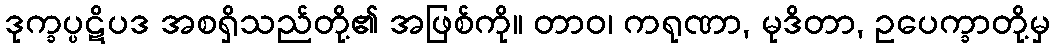
ဒုက္ခပ္ပဋိပဒ အစရှိသည်တို့၏ အဖြစ်ကို။ တာဝ၊ ကရုဏာ, မုဒိတာ, ဥပေက္ခာတို့မှ